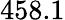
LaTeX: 458.1